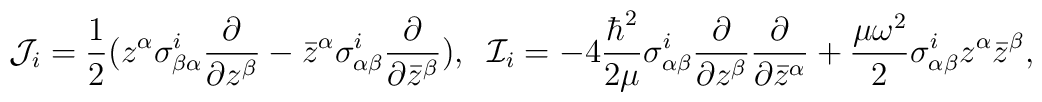
{\cal J}_i =\frac{1}{2} ( z^\alpha\sigma_{\beta\alpha}^i\frac{\partial}{\partial z^\beta}-{\bar z}^\alpha\sigma_{\alpha\beta}^i\frac{\partial}{\partial{\bar z}^\beta}), \;\;{\cal I}_{i}=-4\frac{\hbar^2}{2\mu}\sigma^{i}_{\alpha\beta}\frac{\partial}{\partial z^\beta}\frac{\partial}{\partial {\bar z}^\alpha} + \frac{\mu\omega^2}{2}\sigma^{i}_{\alpha\beta}z^\alpha {\bar z}^\beta ,